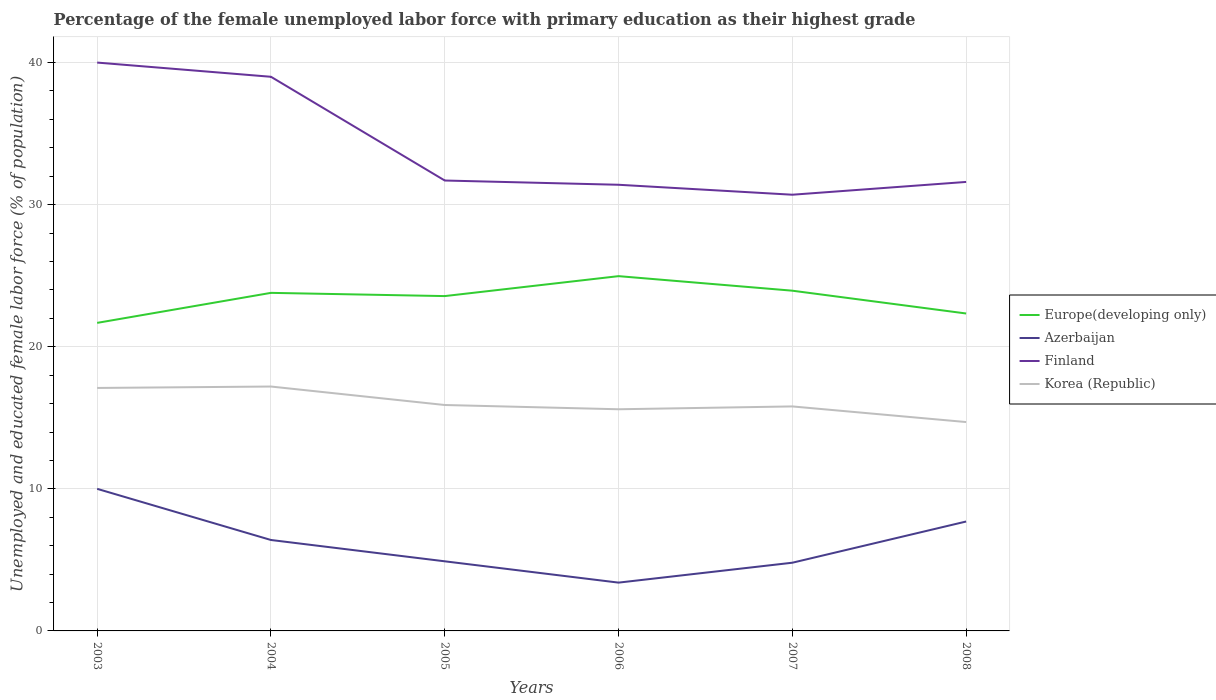
| Years | Europe(developing only) | Azerbaijan | Finland | Korea (Republic) |
 | --- | --- | --- | --- | --- |
 | 2003 | 21.7 | 10 | 40 | 17.1 |
 | 2004 | 23.8 | 6.4 | 39 | 17.2 |
 | 2005 | 23.6 | 4.9 | 31.7 | 15.9 |
 | 2006 | 25 | 3.4 | 31.4 | 15.6 |
 | 2007 | 23.9 | 4.8 | 30.7 | 15.8 |
 | 2008 | 22.3 | 7.7 | 31.6 | 14.7 |